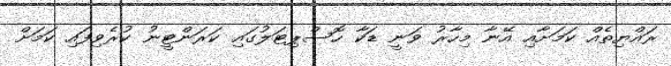
ރައްޔިތެއް ކަމަށާއި އޭނާ މިހާރު ވަނީ ޑަކާ ހޮސްޕިޓަލުގައި ކަރަންޓީނު ކުރެވިފައި ކަމަށް